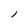
Character: l